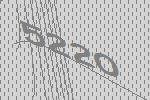
5220